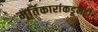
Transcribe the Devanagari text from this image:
मूर्तिकारांकडूनही